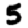
Digit: 5